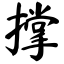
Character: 撑